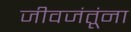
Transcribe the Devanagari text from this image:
जीवजंतूंना